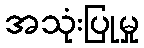
အသုံးပြုမှု